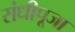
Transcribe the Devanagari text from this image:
संधीपूजा